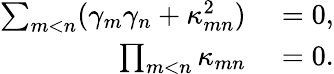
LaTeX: \begin{array}{rl}{\sum_{m<n}(\gamma_{m}\gamma_{n}+\kappa_{mn}^{2})}&{{}=0,}\\ {\prod_{m<n}\kappa_{mn}}&{{}=0.}\end{array}